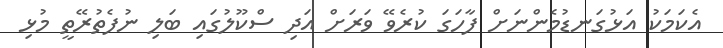
އެކަމަކު އަޅުގަނޑުމެންނަށް ފާހަގަ ކުރެވޭ ވަރަށް އަދި ސްކޫލުގައި ބަލި ނުފެތުރޭތީ މުޅި